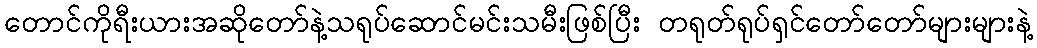
တောင်ကိုရီးယားအဆိုတော်နဲ့သရုပ်ဆောင်မင်းသမီးဖြစ်ပြီး တရုတ်ရုပ်ရှင်တော်တော်များများနဲ့